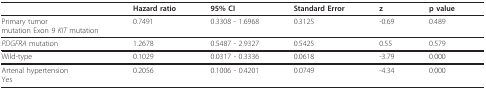
|  | Hazard ratio | 95% CI | Standard Error | z | p value |
 | --- | --- | --- | --- | --- | --- |
 | Primary tumormutation Exon 9 KIT mutation | 0.7491 | 0.3308 - 1.6968 | 0.3125 | -0.69 | 0.489 |
 | PDGFRA mutation | 1.2678 | 0.5487 - 2.9327 | 0.5425 | 0.55 | 0.579 |
 | Wild-type | 0.1029 | 0.0317 - 0.3336 | 0.0618 | -3.79 | 0.000 |
 | Arterial hypertensionYes | 0.2056 | 0.1006 - 0.4201 | 0.0749 | -4.34 | 0.000 |